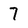
Character: 7